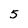
Character: 5